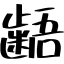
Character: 齬